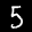
Label: 5